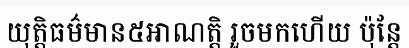
យុត្តិធម៌មាន៥អាណត្តិ រួចមកហើយ ប៉ុន្តែ